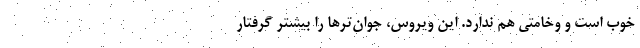
خوب است و وخامتی هم ندارد. این ویروس، جوان‌‌ترها را بیشتر گرفتار